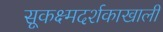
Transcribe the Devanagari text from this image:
सूकक्ष्मदर्शकाखाली